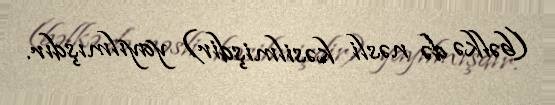
(bəlkə də nəsli kəsilmişdir) yayılmışdır.